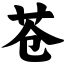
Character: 苍